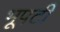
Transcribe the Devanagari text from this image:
भूपटी